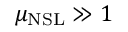
\mu _ { \mathrm { N S L } } \gg 1